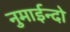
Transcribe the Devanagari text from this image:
नुमाईन्दो